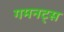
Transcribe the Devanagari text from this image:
गमनट्स